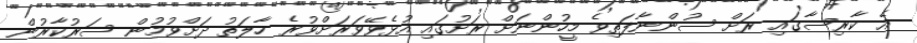
އެ ކާރިސާގައި ރަށް ސުންނާފަތިވެ މީހުންނަށް ރަށުގައި އުޅެވޭވަރަށްވުރެ ހާލަތު ދަށްވުމުން ސަރުކާރުން